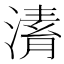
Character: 𣼌